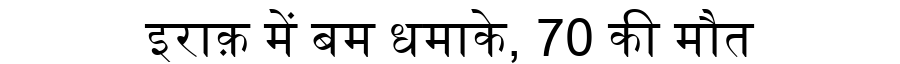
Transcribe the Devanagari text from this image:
इराक़ में बम धमाके, 70 की मौत